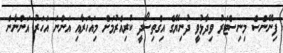
ފިނޭންސް މިނިސްޓަރު ވިދާޅުވީ ދުނިޔޭގެ އިގްތިސޯދީ ކުރިއެރުމަށް މިއަހަރާއި އަންނަ އަހަރު އަންނާނެ